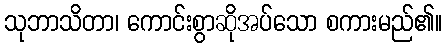
သုဘာသိတာ၊ ကောင်းစွာဆိုအပ်သော စကားမည်၏။